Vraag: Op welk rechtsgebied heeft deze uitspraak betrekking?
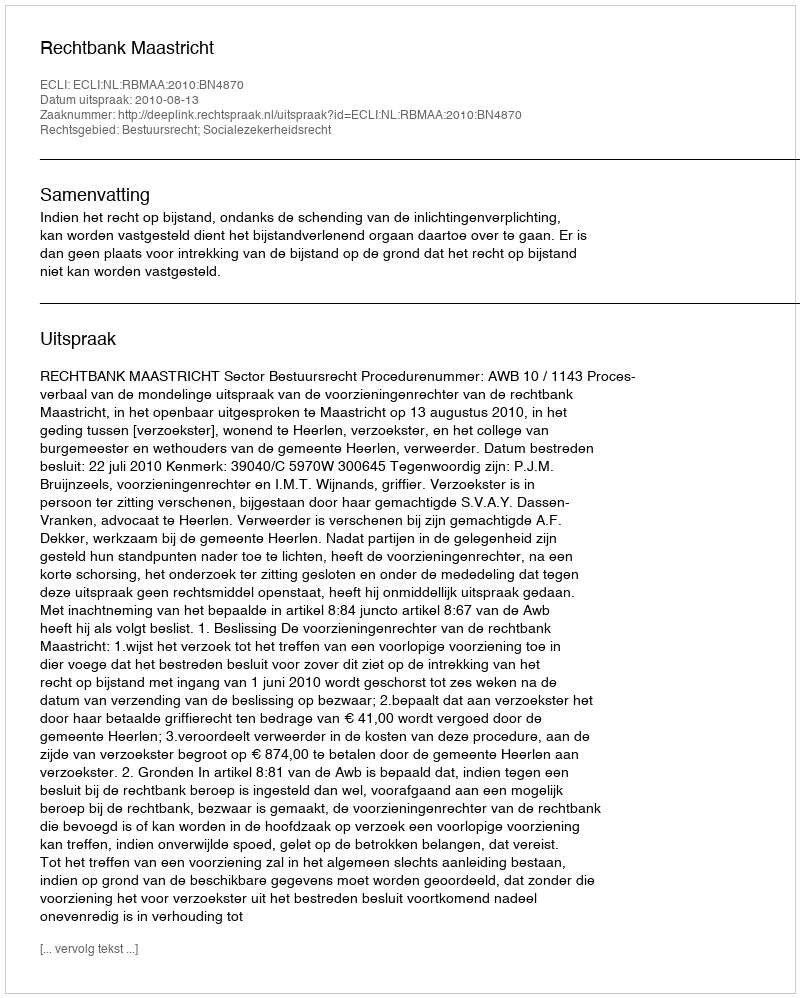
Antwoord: Bestuursrecht; Socialezekerheidsrecht